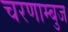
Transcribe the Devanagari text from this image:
चरणाम्बुज